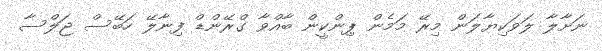
ނަށާލާ ލަވަކިޔާލަން މިރޭ މަމެން ޕިންކީން ބާއްވާ ގްރޭންޑް ފިނާލޭ ހަބޭސް ޖަލްސާ